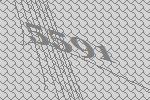
5591